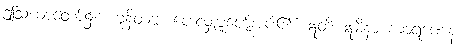
ဤသံဃာတော်၌။ ဟုနိတဗ္ဗံ၊ ပေးလှူပူဇော်အပ်၏။ ဣတိ ဣမိနာ ကာရဏေန၊